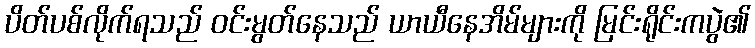
ပိတ်ပစ်လိုက်ရသည် ဝင်းမွတ်နေသည် ယာယီနေအိမ်များကို မြင်းရိုင်းကပွဲ၏